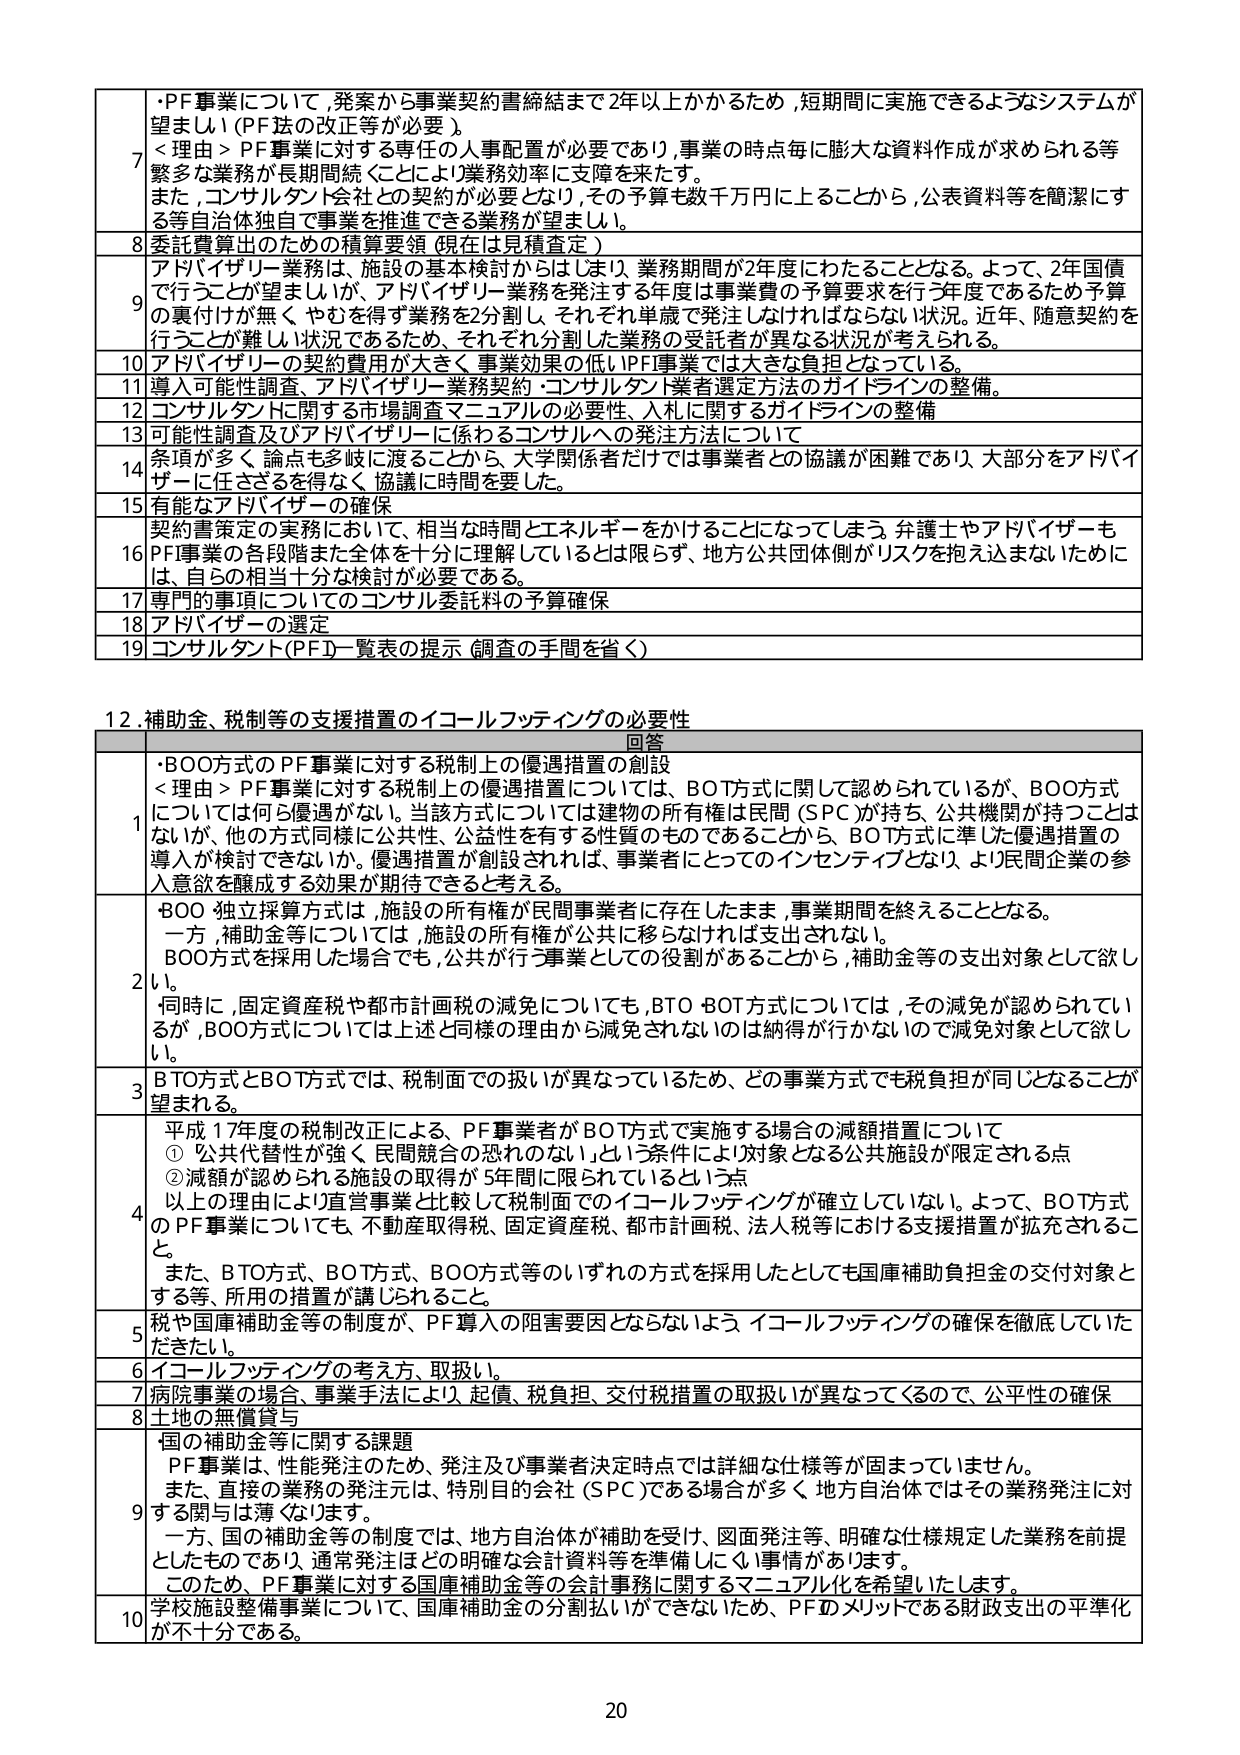
7・PF事業について,発案から事業契約書締結まで2年以上かかるため,短期間に実施できるようなシステムが望ましい(PF法の改正等が必要)。
<理由>PF事業に対する専任の人事配置が必要であり,事業の時点毎に膨大な資料作成が求められる等繁多な業務が長期間続くことにより業務効率に支障を来たす。
また,コンサルタント会社との契約が必要となり,その予算も数千万円に上ることから,公表資料等を簡潔にする等自治体独自で事業を推進できる業務が望ましい。

8委託費算出のための積算要領(現在は見積査定)

9アドバイザリー業務は,施設の基本検討からはじまり,業務期間が2年度にわたることとなる。よって,2年国債で行うことが望ましいが,アドバイザリー業務を発注する年度は事業費の予算要求を行う年度であるため予算の裏付けが無く,やむを得ず業務を分割し,それぞれ単歳で発注しなければならない状況。近年,随意契約を行うことが難しい状況であるため,それぞれ分割した業務の受託者が異なる状況が考えられる。

10アドバイザリーの契約費用が大きく,事業効果の低いPF事業では大きな負担となっている。

11導入可能性調査・アドバイザリー業務契約・コンサルタント業者選定方法のガイドラインの整備。

12コンサルタントHCに関する市場調査マニュアルの必要性,入札に関するガイドラインの整備

13可能性調査及びアドバイザリーに係わるコンサルへの発注方法について

14条項が多く,論点も多岐に渡ることから,大学関係者だけでは事業者との協議が困難であり,大部分をアドバイザーに任さざるを得なく,協議に時間を要した。

15有能なアドバイザーの確保

16契約書策定の実務において,相当な時間とエネルギーをかけることになってしまう。弁護士やアドバイザーもPF事業の各段階また全体を十分に理解しているとは限らず,地方公共団体側がリスクを抱え込まないために,は,自らの相当十分な検討が必要である。

17専門的事項についてのコンサル委託料の予算確保

18アドバイザーの選定

19コンサルタント(PF)一覧表の提示(調査の手間を省く)

12.補助金、税制等の支援措置のイコールフッティングの必要性

回答

1・BOO方式のPF事業に対する税制上の優遇措置の創設
<理由>PF事業に対する税制上の優遇措置については,BOT方式に関して認められているが,BOO方式については何ら優遇がない。当該方式については建物の所有権は民間(SPC)が持ち,公共機関が持つことはないが,他の方式同様に公共性,公益性を有する性質のものであることから,BOT方式に準じた優遇措置の導入が検討できないか。優遇措置が創設されれば,事業者にとってのインセンティブとなり,より民間企業の参入意欲を醸成する効果が期待できると考える。

2・BOO独立採算方式は,施設の所有権が民間事業者に存在したまま,事業期間を終えることとなる。
一方,補助金等については,施設の所有権が公共に移らなければ支出されない。
BOO方式を採用した場合でも,公共が行う事業としての役割があることから,補助金等の支出対象として欲しい。
同時に,固定資産税や都市計画税の減免についても,BTO・BOT方式については,その減免が認められているが,BOO方式については上述と同様の理由から減免されないのは納得が行かないの減免対象として欲しい。

3BTO方式とBOT方式では,税制面での扱いが異なっているため,どの事業方式でも税負担が同じとなることが望まれる。

4平成17年度の税制改正による,PF事業者がBOT方式で実施する場合の減額措置について
①「公共代替性が強く民間競合の恐れのない」という条件により対象となる公共施設が限定される点
②減額が認められる施設の取得が5年間に限られているという点
以上の理由により直営事業と比較して税制面でのイコールフッティングが確立していない。よって,BOT方式のPF事業についても,不動産取得税,固定資産税,都市計画税,法人税等における支援措置が拡充されること。
また,BTO方式,BOT方式,BOO方式等のいずれの方式を採用したとしても国庫補助負担金の交付対象とする等,所用の措置が講じられること。

5税や国庫補助金等の制度が,PF導入の阻害要因とならないよう,イコールフッティングの確保を徹底していただきたい。

6イコールフッティングの考え方,取扱い。

7病院事業の場合,事業手法により,起債,税負担,交付税措置の取扱いが異なってくるので,公平性の確保

8土地の無償貸与

9国の補助金等に関する課題
PF事業は,性能発注のため,発注及び事業者決定時点では詳細な仕様等が固まっていません。
また,直接の業務の発注元は,特別目的会社(SPC)である場合が多く,地方自治体ではその業務発注に対する関与は薄くなります。
一方,国の補助金等の制度では,地方自治体が補助を受け,図面発注等,明確な仕様規定した業務を前提としたものであり,通常発注はどの明確な会計資料等を準備しにくい事情があります。
このため,PF事業に対する国庫補助金等の会計事務に関するマニュアル化を希望いたします。

10学校施設整備事業について,国庫補助金の分割払いができないため,PFのメリットである財政支出の平準化が不十分である。

20